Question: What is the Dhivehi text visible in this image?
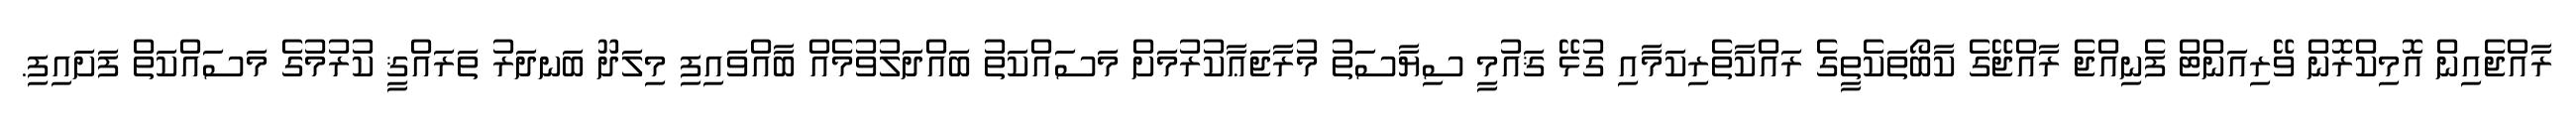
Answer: ރާއްޖެއިން އޮމިކްރޮން ވޭރިއަންޓް ފެނިއްޖެ ރާއްޖޭގެ ކާބޯތަކެތީގެ ރައްކާތެރިކަމާއި ގުޅޭ ޤައުމީ ސިޔާސަތު މުރާޖަޢާކުރުމަށް މަސައްކަތު ބައްދަލުވުމެއް ބާއްވައިފި މިލަދޫ ބަނދަރު ތަރައްޤީ ކުރުމުގެ މަސައްކަތް ފަށައިފި.